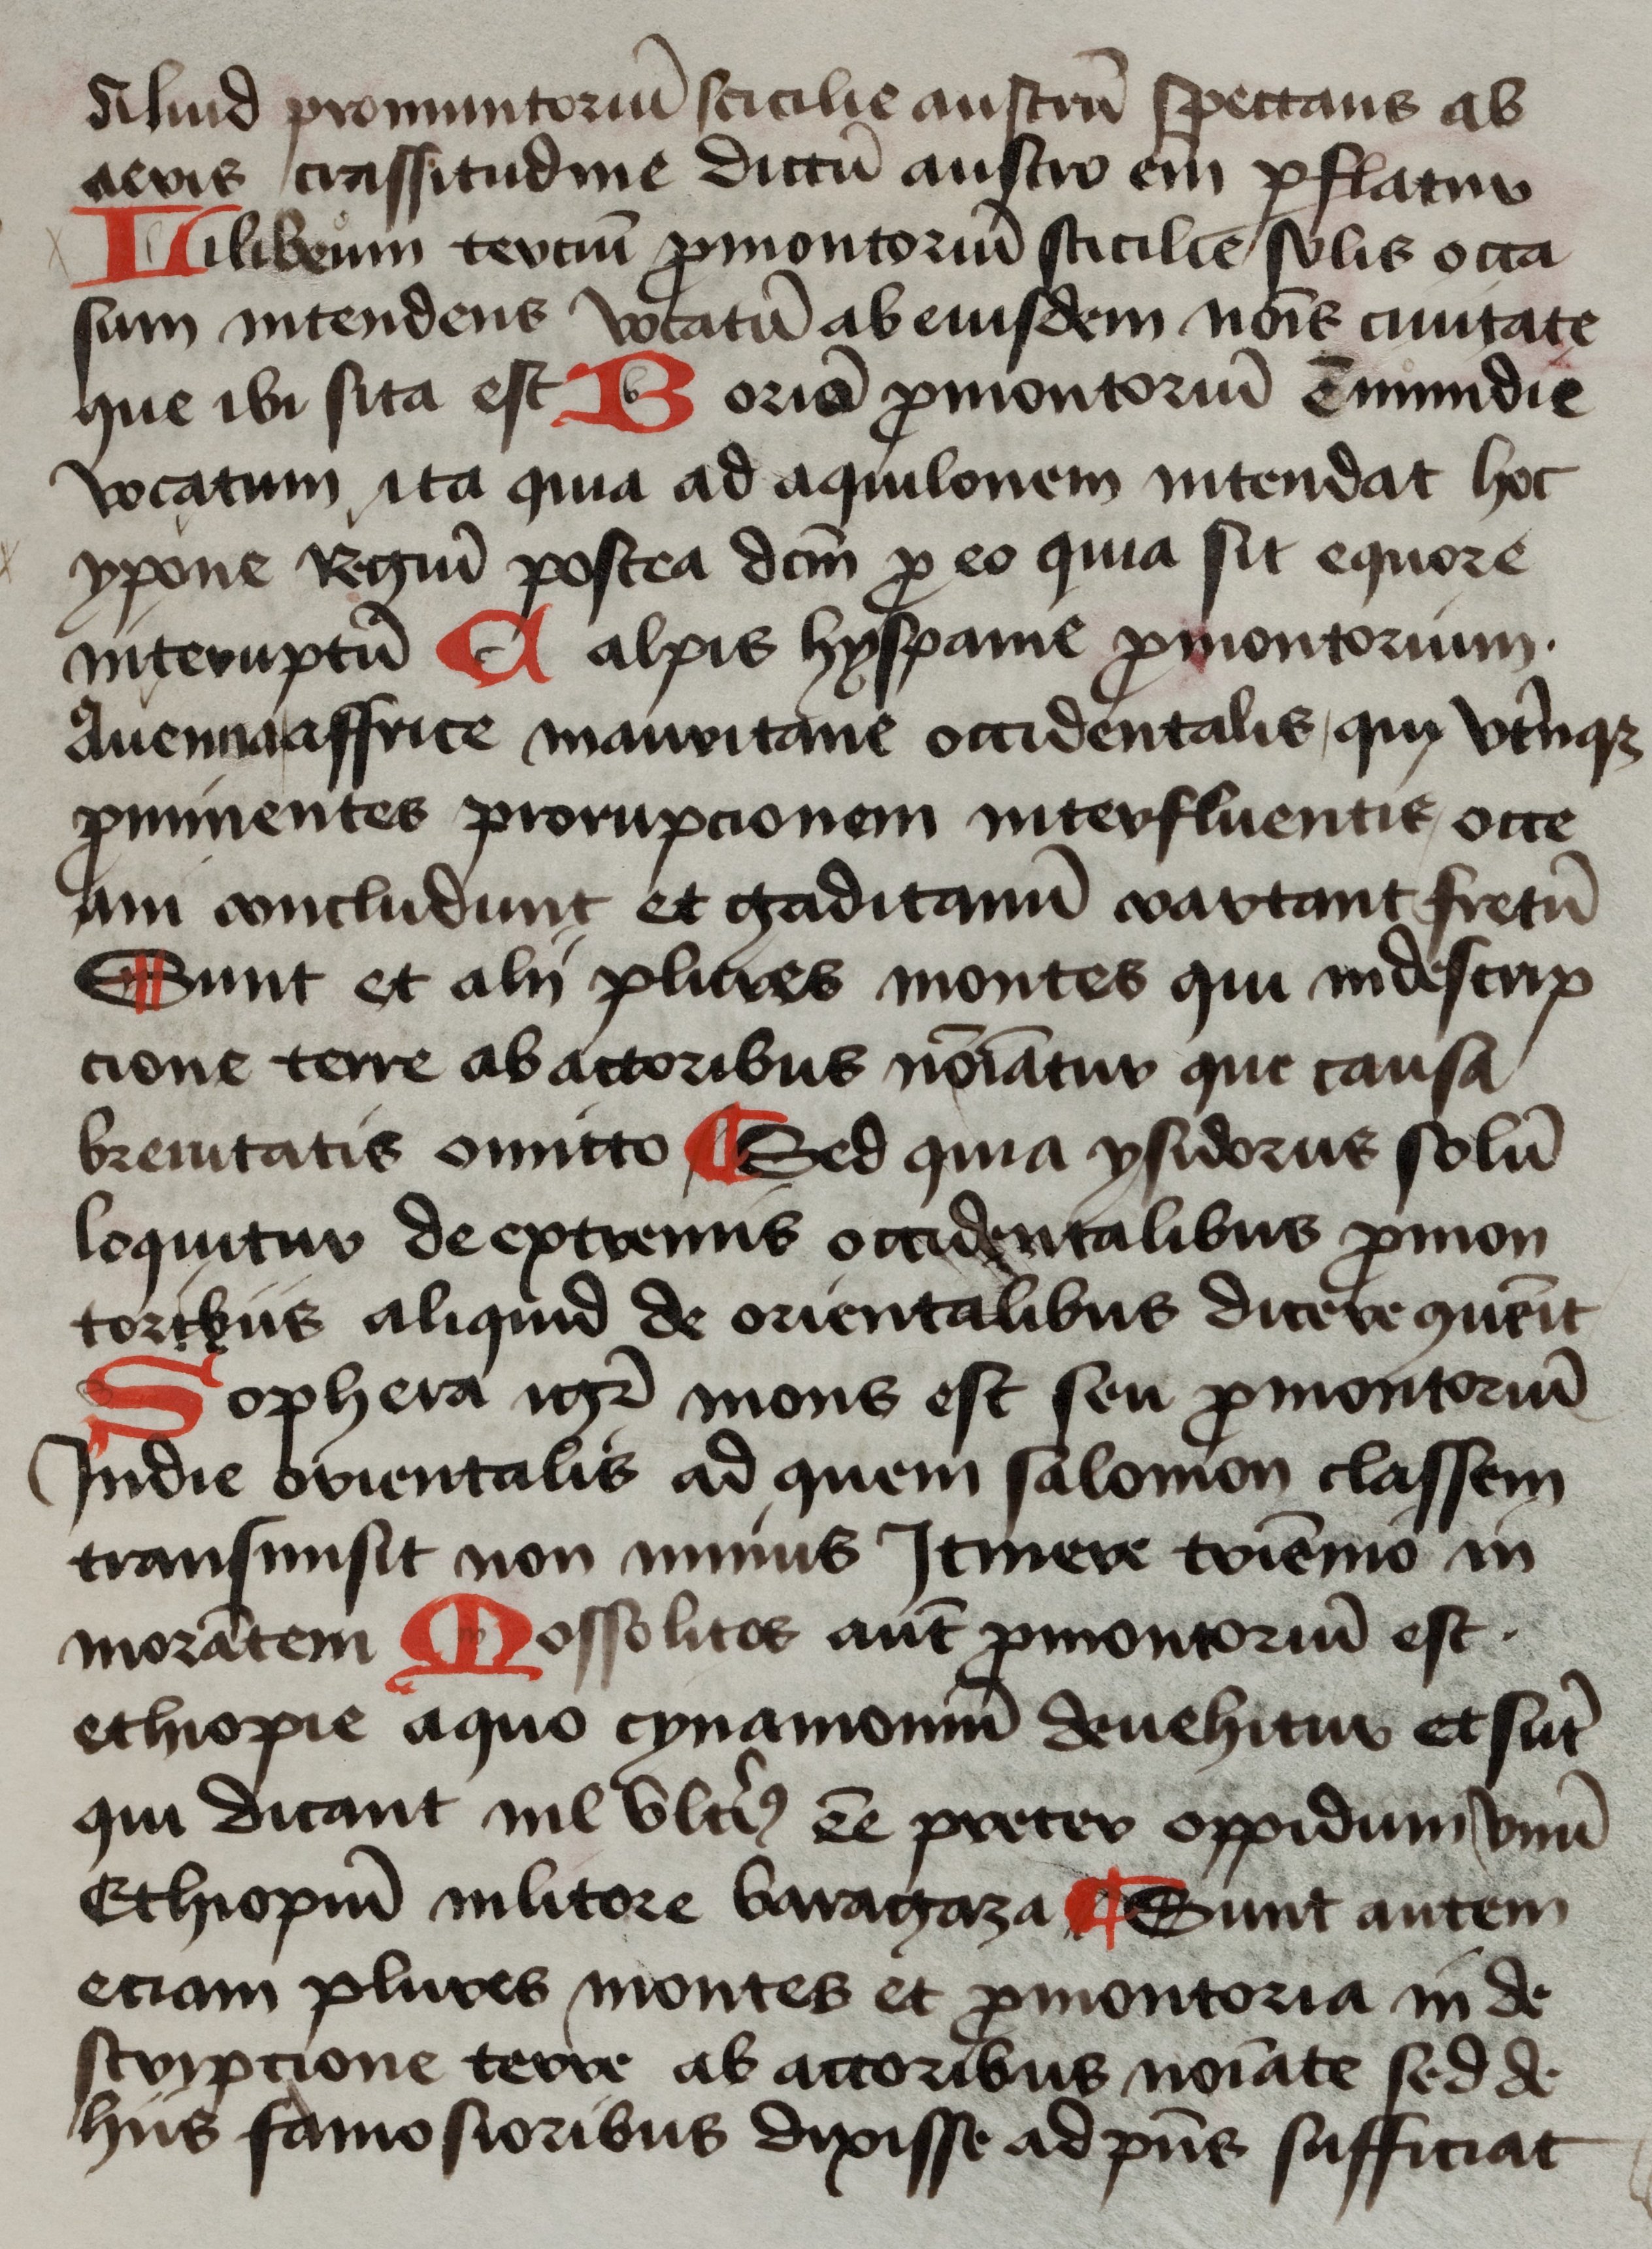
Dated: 1425–1449